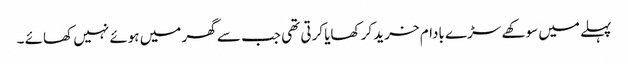
پہلے میں سوکھے سڑے بادام خرید کر کھایا کرتی تھی جب سے گھر میں ہوئے نہیں کھائے ۔